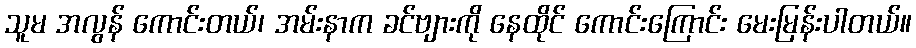
သူမ အလွန် ကောင်းတယ်၊ အမ်းနာက ခင်ဗျားကို နေထိုင် ကောင်းကြောင်း မေးမြန်းပါတယ်။